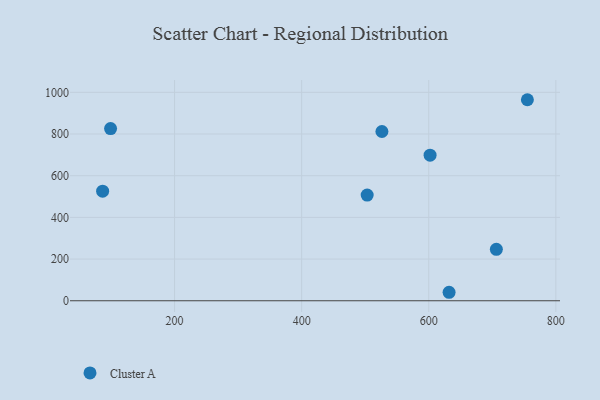
{"axis": {"x": "Engine Size", "y": "Fuel Efficiency"}, "legend": ["Cluster A"], "data": [{"x": "706.4", "y": 246.7, "type": "Cluster A"}, {"x": "602.1", "y": 698.7, "type": "Cluster A"}, {"x": "503.1", "y": 507.2, "type": "Cluster A"}, {"x": "526.3", "y": 812.1, "type": "Cluster A"}, {"x": "99.3", "y": 825.9, "type": "Cluster A"}, {"x": "86.8", "y": 525.9, "type": "Cluster A"}, {"x": "755.2", "y": 964.5, "type": "Cluster A"}, {"x": "632.0", "y": 40.7, "type": "Cluster A"}]}